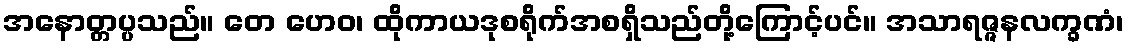
အနောတ္တပ္ပသည်။ တေ ဟေဝ၊ ထိုကာယဒုစရိုက်အစရှိသည်တို့ကြောင့်ပင်။ အသာရဇ္ဇနလက္ခဏံ၊